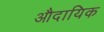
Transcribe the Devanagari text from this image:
औदायिक